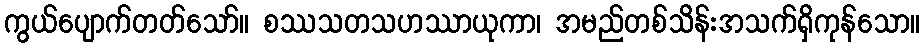
ကွယ်ပျောက်တတ်သော်။ စဿသတသဟဿာယုကာ၊ အမည်တစ်သိန်းအသက်ရှိကုန်သော။